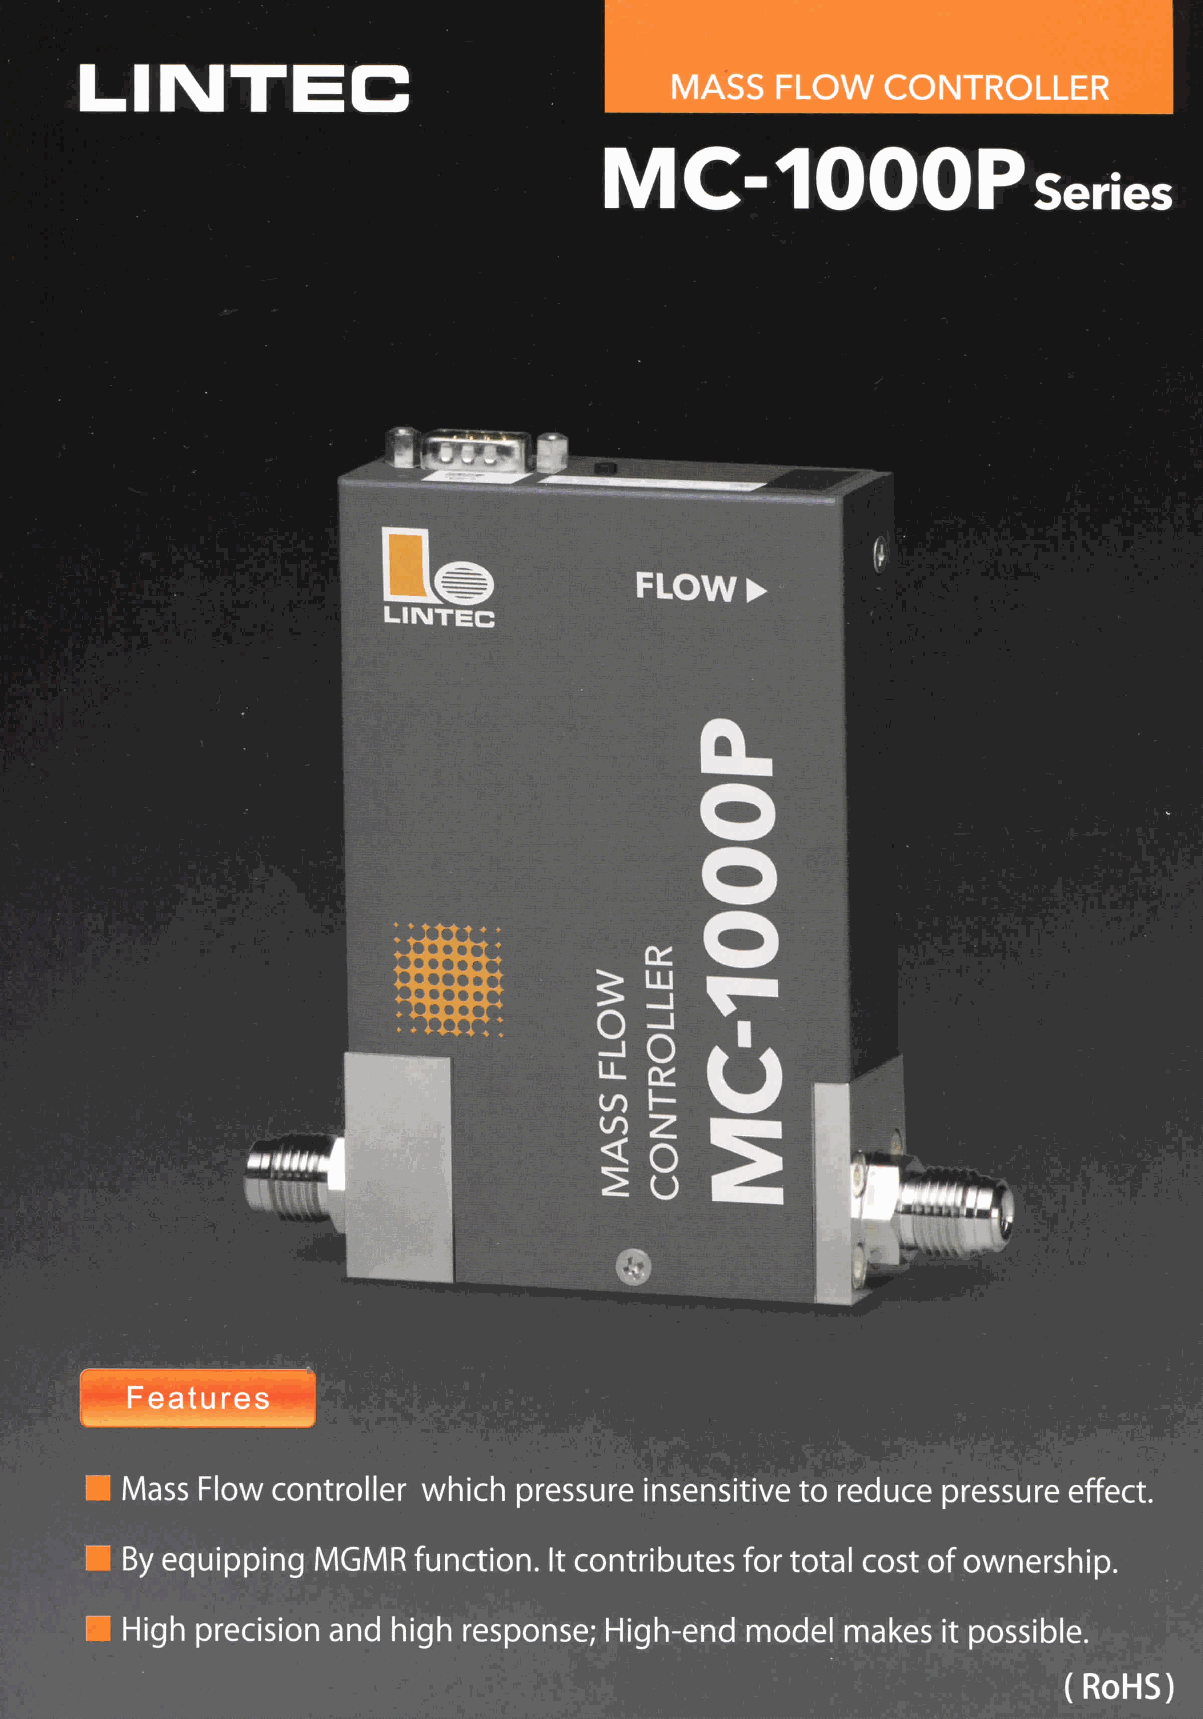
"^[(：！!??^^! 1！ 5，111 |9|30111 旧：^？！-！^^!?^^      1|6！1| ^！。!；!〕^」^!    1|6！4
 '(：！甲^隱0      ^0 150〕 |8101」0；  ？^,!」,〕1|     ~ 1101131111^删，611  ！一II133 ^9
 ^川？？^」。^：)，」01尋!5113511！         3」0553」01  ^]〕!，     ^！^丌。」,：)助|」55，
 ，
 5
 5
 2
 2
 0
 0
 33丄|\|
 。3丄1\11，
 國'，顯讀"」誦1